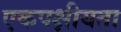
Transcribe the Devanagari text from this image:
एकपक्षीयता